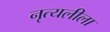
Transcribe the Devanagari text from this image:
नृत्यलीला